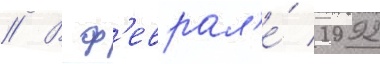
// В ф'еврал'е́ 1992